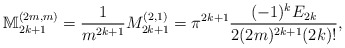
\begin{align*}\mathbb{M}_{2k+1}^{(2m,m)}=\frac{1}{m^{2k+1}}M_{2k+1}^{(2,1)}=\pi ^{2k+1}\frac{(-1)^{k}E_{2k}}{2(2m)^{2k+1}(2k)!}, \end{align*}